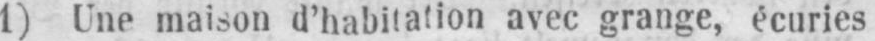
1) Une maison d’habitation avec grange, écuries